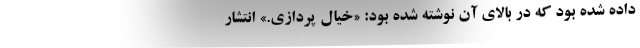
داده شده بود که در بالای آن نوشته شده بود: «خیال پردازی.» انتشار